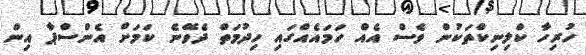
ހުރިހާ ކްލިނިކްތަކުން ވެސް އެއް ހަމައެއްގައި ހިދުމަތް ދެވޭނެ ކަމަށް އެންސްޕާ އިން